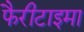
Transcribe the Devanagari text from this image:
फैरीटाइमा